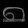
Digit: ၈